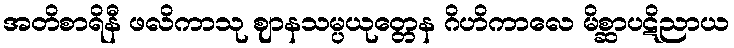
အတိစာရိနီ ဖလိကာသု ဈာနသမ္ပယုတ္တေန ဂိဟိကာလေ မိစ္ဆာပဋိညာယ